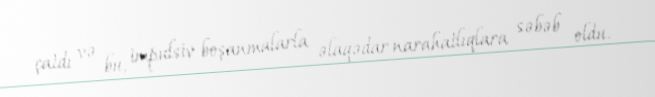
çatdı və bu, impulsiv boşanmalarla əlaqədar narahatlıqlara səbəb oldu.